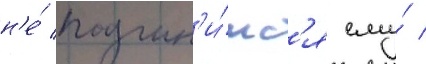
н'е́ подчин'и́мс'я ему́ /